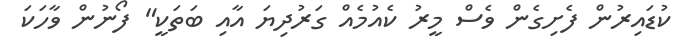
ކުޑައިރުން ފެށިގެން ވެސް މީރު ކެއުމެއް ގަރުދިޔަ އާއި ބަތަކީ" ފޯނުން ވާހަކަ